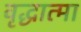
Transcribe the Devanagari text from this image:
वृद्धात्मा